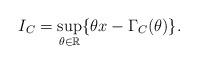
LaTeX: \begin{align*}I_{C}=\sup_{\theta\in\mathbb{R}}\{\theta x-\Gamma_{C}(\theta)\}.\end{align*}